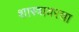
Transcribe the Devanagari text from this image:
शास्त्रावरचा